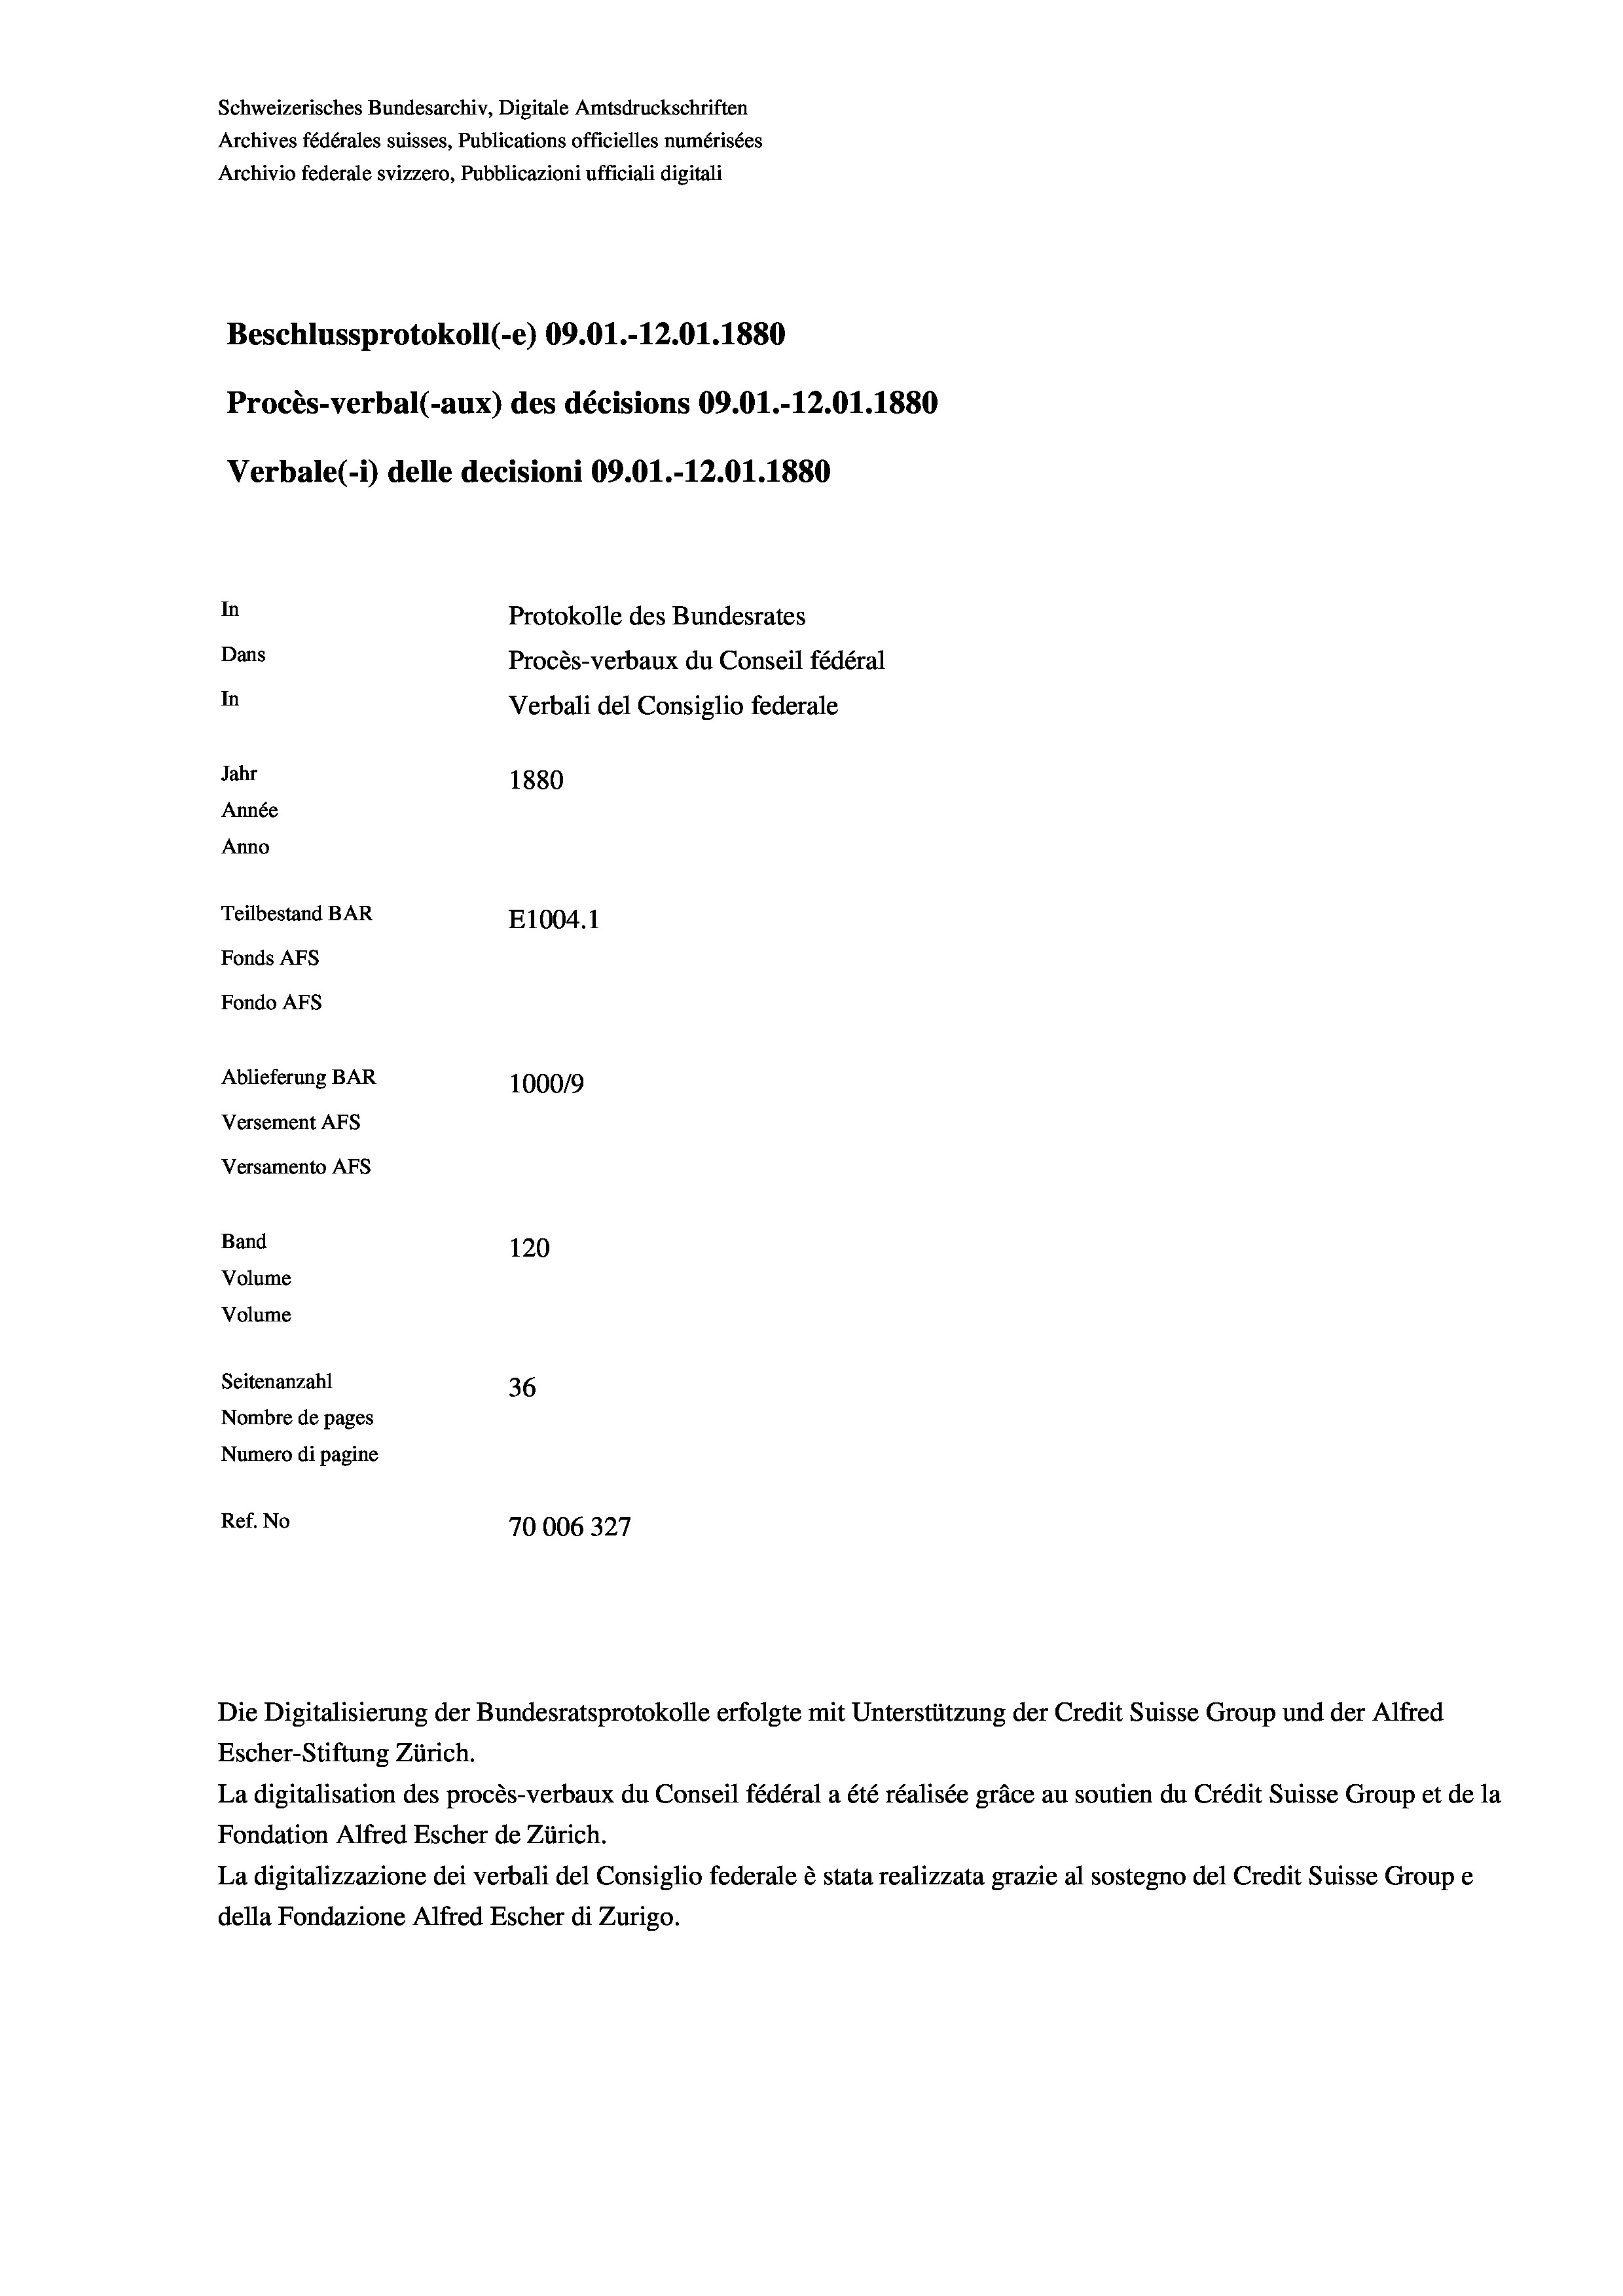
Schweizerisches Bundesarchiv, Digitale Amtsdruckschriften
Archives fédérales suisses, Publications officielles numérisées
Archivio federale svizzero, Pubblicazioni ufficiali digitali
Beschlussprotokoll (-e) 09.01.-12.01. 1880
Procès-verbal (-aux) des décisions 09.01.-12.01.1880
Verbale(-*) delle decisioni 09.01.-12.01.1880
In
Protokolle des Bundesrates
Dans
Procès-verbaux du Conseil fédéral
In
Verbali del Consiglio federale
Jahr
1880
Année
Anno
Teilbestand BAR
E1004.1
Fonds AFs
Fondo AFS
Ablieferung BAR
100019
Versement AFs
Versamento AFs

Band
Volume
Volume

120
Seitenanzahl
36
Nombre de pages
Numero di pagine
Ref. No
70006327

Die Digitalisierung der Bundesratsprotokolle erfolgte mit Unterstützung der Credit Suisse Group und der Alfred
Escher-Stiftung Zürich.
La digitalisation des procès-verbaux du Conseil fédéral a été réalisée gräce au soutien du Crédit Suisse Group et de la
Fondation Alfred Escher de Zürich.
La digitalizzazione dei verbali del Consiglio federale è stata realizzata grazie al sostegno del Credit Suisse Groupe
della Fondazione Alfred Escher di Zurigo.